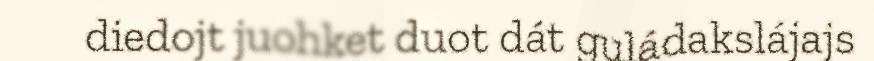
diedojt juohket duot dát guládakslájajs